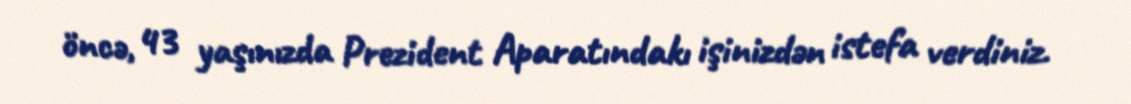
öncə, 43 yaşınızda Prezident Aparatındakı işinizdən istefa verdiniz.